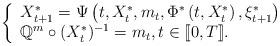
LaTeX: \begin{align*}\left \{ \begin{array}{ll}X^*_{t+1}=\Psi\left(t,X^*_{t}, m_t, \Phi^*\left(t,X^*_{t}\right),\xi^*_{t+1}\right)\\\mathbb{Q}^m \circ ({X}^*_t)^{-1}= m_t, t \in[\![0, T]\!].\end{array}\right.\end{align*}